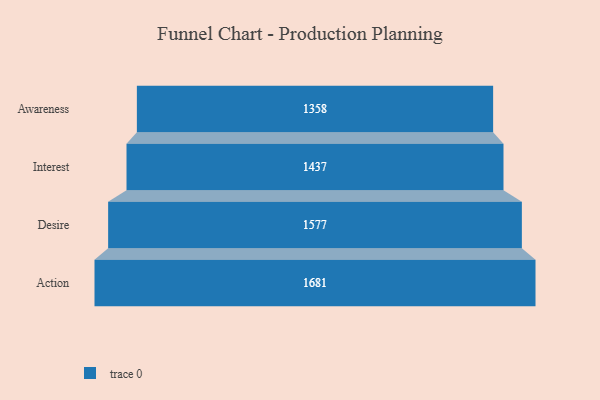
{"axis": {"x": "Stage", "y": "Value"}, "legend": [""], "data": [{"x": "Awareness", "y": 1358.0, "type": ""}, {"x": "Interest", "y": 1437.0, "type": ""}, {"x": "Desire", "y": 1577.0, "type": ""}, {"x": "Action", "y": 1681.0, "type": ""}]}